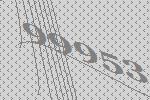
99953